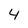
Character: 4